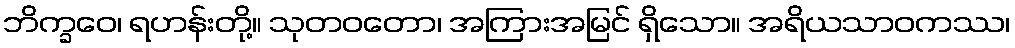
ဘိက္ခဝေ၊ ရဟန်းတို့။ သုတဝတော၊ အကြားအမြင် ရှိသော။ အရိယသာဝကဿ၊